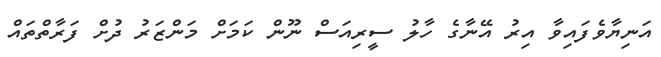
އަނިޔާވެފައިވާ އިރު އޭނާގެ ހާލު ސީރިއަސް ނޫން ކަމަށް މަންޒަރު ދުށް ފަރާތްތައް